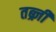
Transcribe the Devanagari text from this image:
तब्र्ज़ी